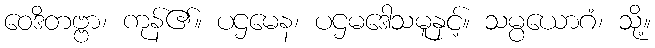
ဝေဒိတဗ္ဗာ၊ ကုန်၏။ ပဌမေန၊ ပဌမဒေါသမူနှင့်။ သမ္ပယောဂံ၊ သို့။